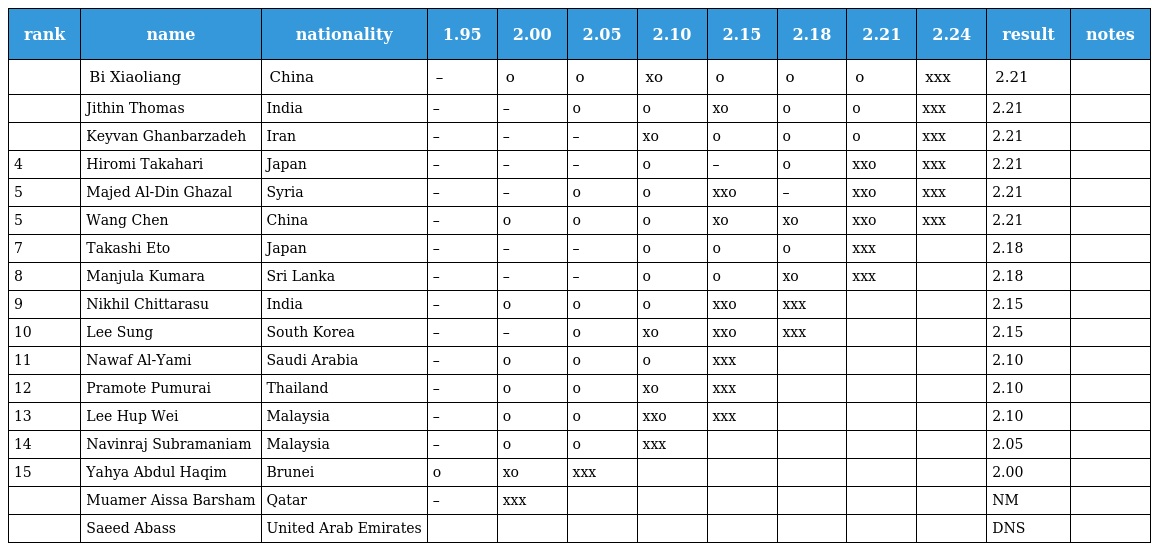
| rank | name | nationality | 1.95 | 2.00 | 2.05 | 2.10 | 2.15 | 2.18 | 2.21 | 2.24 | result | notes |
 | --- | --- | --- | --- | --- | --- | --- | --- | --- | --- | --- | --- | --- |
 |  | Bi Xiaoliang | China | – | o | o | xo | o | o | o | xxx | 2.21 |  |
 |  | Jithin Thomas | India | – | – | o | o | xo | o | o | xxx | 2.21 |  |
 |  | Keyvan Ghanbarzadeh | Iran | – | – | – | xo | o | o | o | xxx | 2.21 |  |
 | 4 | Hiromi Takahari | Japan | – | – | – | o | – | o | xxo | xxx | 2.21 |  |
 | 5 | Majed Al-Din Ghazal | Syria | – | – | o | o | xxo | – | xxo | xxx | 2.21 |  |
 | 5 | Wang Chen | China | – | o | o | o | xo | xo | xxo | xxx | 2.21 |  |
 | 7 | Takashi Eto | Japan | – | – | – | o | o | o | xxx |  | 2.18 |  |
 | 8 | Manjula Kumara | Sri Lanka | – | – | – | o | o | xo | xxx |  | 2.18 |  |
 | 9 | Nikhil Chittarasu | India | – | o | o | o | xxo | xxx |  |  | 2.15 |  |
 | 10 | Lee Sung | South Korea | – | – | o | xo | xxo | xxx |  |  | 2.15 |  |
 | 11 | Nawaf Al-Yami | Saudi Arabia | – | o | o | o | xxx |  |  |  | 2.10 |  |
 | 12 | Pramote Pumurai | Thailand | – | o | o | xo | xxx |  |  |  | 2.10 |  |
 | 13 | Lee Hup Wei | Malaysia | – | o | o | xxo | xxx |  |  |  | 2.10 |  |
 | 14 | Navinraj Subramaniam | Malaysia | – | o | o | xxx |  |  |  |  | 2.05 |  |
 | 15 | Yahya Abdul Haqim | Brunei | o | xo | xxx |  |  |  |  |  | 2.00 |  |
 |  | Muamer Aissa Barsham | Qatar | – | xxx |  |  |  |  |  |  | NM |  |
 |  | Saeed Abass | United Arab Emirates |  |  |  |  |  |  |  |  | DNS |  |